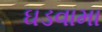
ઘડવામા